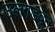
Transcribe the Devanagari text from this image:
उलगडवून